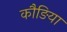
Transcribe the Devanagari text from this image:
कौङिया